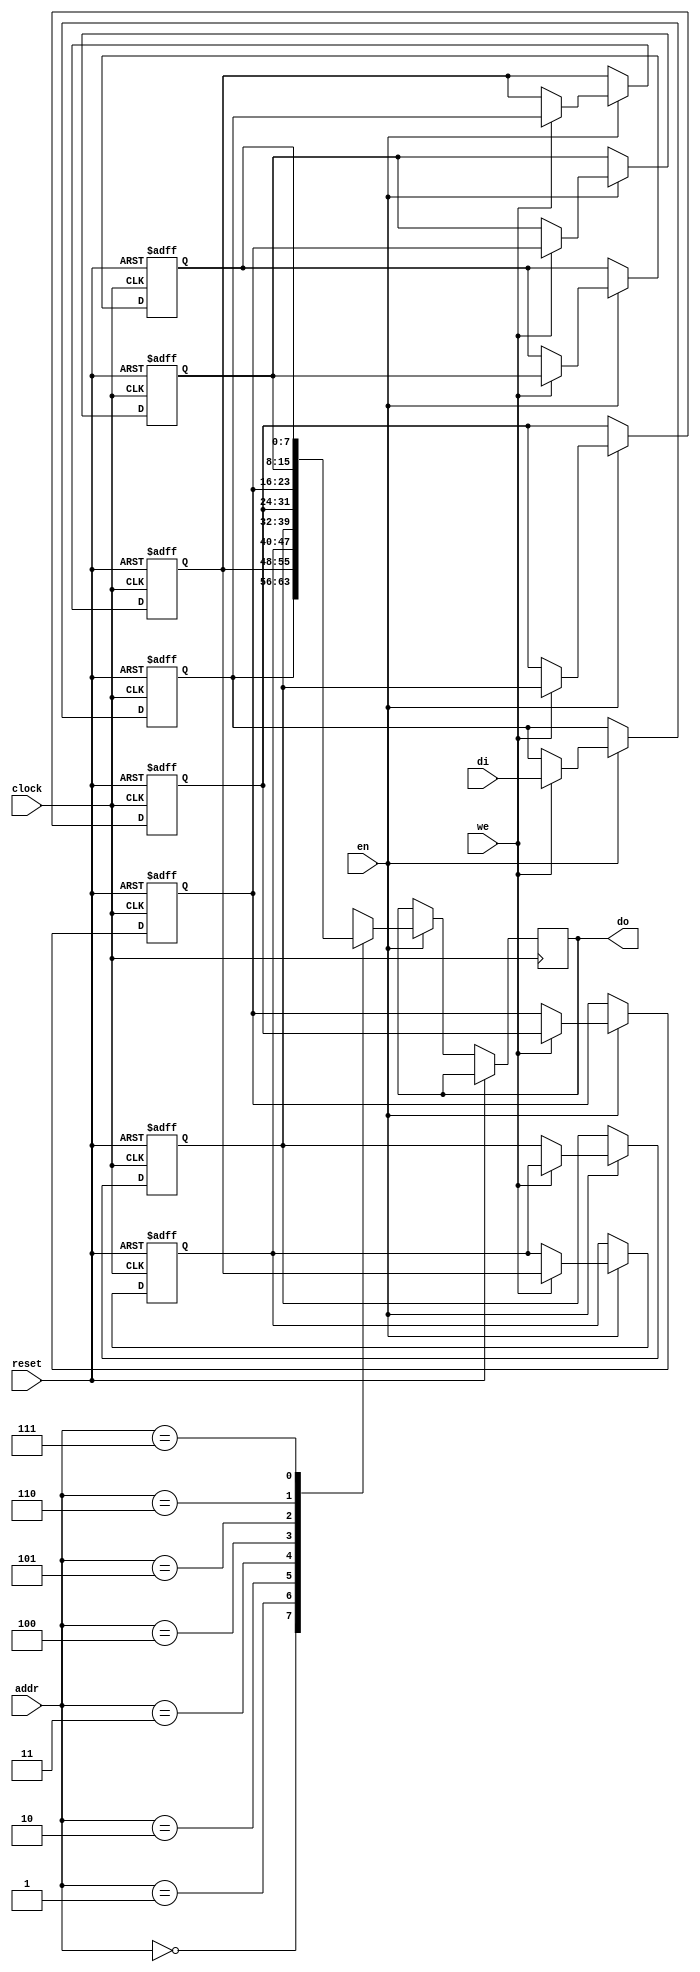
module ram #(parameter data_width =8)

  (
    input clock,
    input reset,
    input we,
    input en,
    input [2:0] addr,
    input [data_width-1:0]di,
    output reg[data_width-1:0]do
  );


  reg [7:0] ram[0:7];//this is 8x8bit array
  integer i;
  always@(posedge(clock) or posedge(reset)) begin 
    if (reset == 1 ) begin
      for (i=0;i<=7;i=i+1) ram[i] <= 8'b0; //only way to init a array?
    end
    else if (en == 1) begin 
        if (we == 1) begin
            ram[7] <= ram[6];
            ram[6] <= ram[5];
            ram[5] <= ram[4];
            ram[4] <= ram[3];
            ram[3] <= ram[2];
            ram[2] <= ram[1];
            ram[1] <= ram[0];
            ram[0] <= di;
            do <= di;
            $display("ram[0]:0b%b ram[1]:0b%b ram[2]:0b%b ram[3]:0b%b \nram[4]:0b%b ram[5]:0b%b ram[6]:0b%b ram[7]:0b%b",ram[0],ram[1],ram[2],ram[3],ram[4],ram[5],ram[6],ram[7]); 
        end else 
            $display("ram[0]:0b%b ram[1]:0b%b ram[2]:0b%b ram[3]:0b%b \nram[4]:0b%b ram[5]:0b%b ram[6]:0b%b ram[7]:0b%b",ram[0],ram[1],ram[2],ram[3],ram[4],ram[5],ram[6],ram[7]); 
          do <= ram[addr];
     end 
  end
endmodule